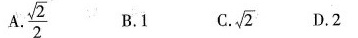
A.\frac{ \sqrt{2}}{2} B.1 C. \sqrt{2} D.2